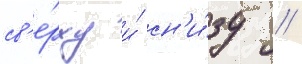
св'е́рху и́ сн'и́зу //